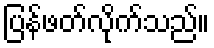
ပြန်ဖတ်လိုက်သည်။